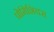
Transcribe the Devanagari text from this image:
प्रोमिशियस